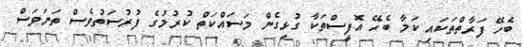
ބެހޭ ފަރާތްތަކައި ކަމާ ބެހޭ އޮފީސްތަކާ ގުޅިގެން މަސައްކަތް ކުރުމުގެ ފުރުސަތުވެސް ތަނަވަސް